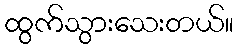
ထွက်သွားသေးတယ်။